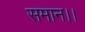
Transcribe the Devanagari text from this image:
समान।।